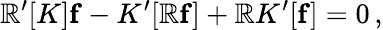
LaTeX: {\cal\mathbb{R}}^{\prime}[K]{\mathbf{f}}-K^{\prime}[{\cal\mathbb{R}}{\mathbf{f}}]+{\cal\mathbb{R}}K^{\prime}[{\mathbf{f}}]=0\, ,